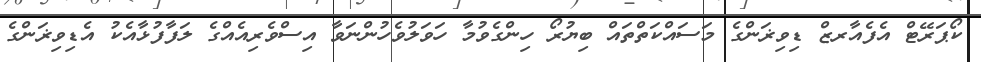
ކޯޕަރޭޓް އެފެއާރޒް ޑިވިޜަންގެ މަސައްކަތްތައް ބިޔުރޯ ހިންގެވުމާ ހަވަލުވެހުންނަވާ އިސްވެރިއެއްގެ ލަފާފުޅާއެކު އެޑިވިޜަންގެ